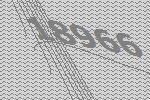
18966